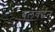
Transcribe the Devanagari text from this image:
बलवर्द्धन